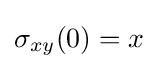
\sigma _{xy}(0)=x